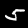
Digit: 5